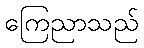
ကြေညာသည်